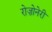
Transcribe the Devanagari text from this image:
रोज़ोनेरी